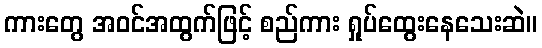
ကားတွေ အဝင်အထွက်ဖြင့် စည်ကား ရှုပ်ထွေးနေသေးဆဲ။